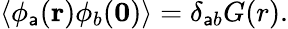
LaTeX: \langle\phi_{\mathsf{a}}({\mathbf{r}})\phi_{b}({\mathbf{0}})\rangle=\delta_{\mathsf{a}b}G(r).